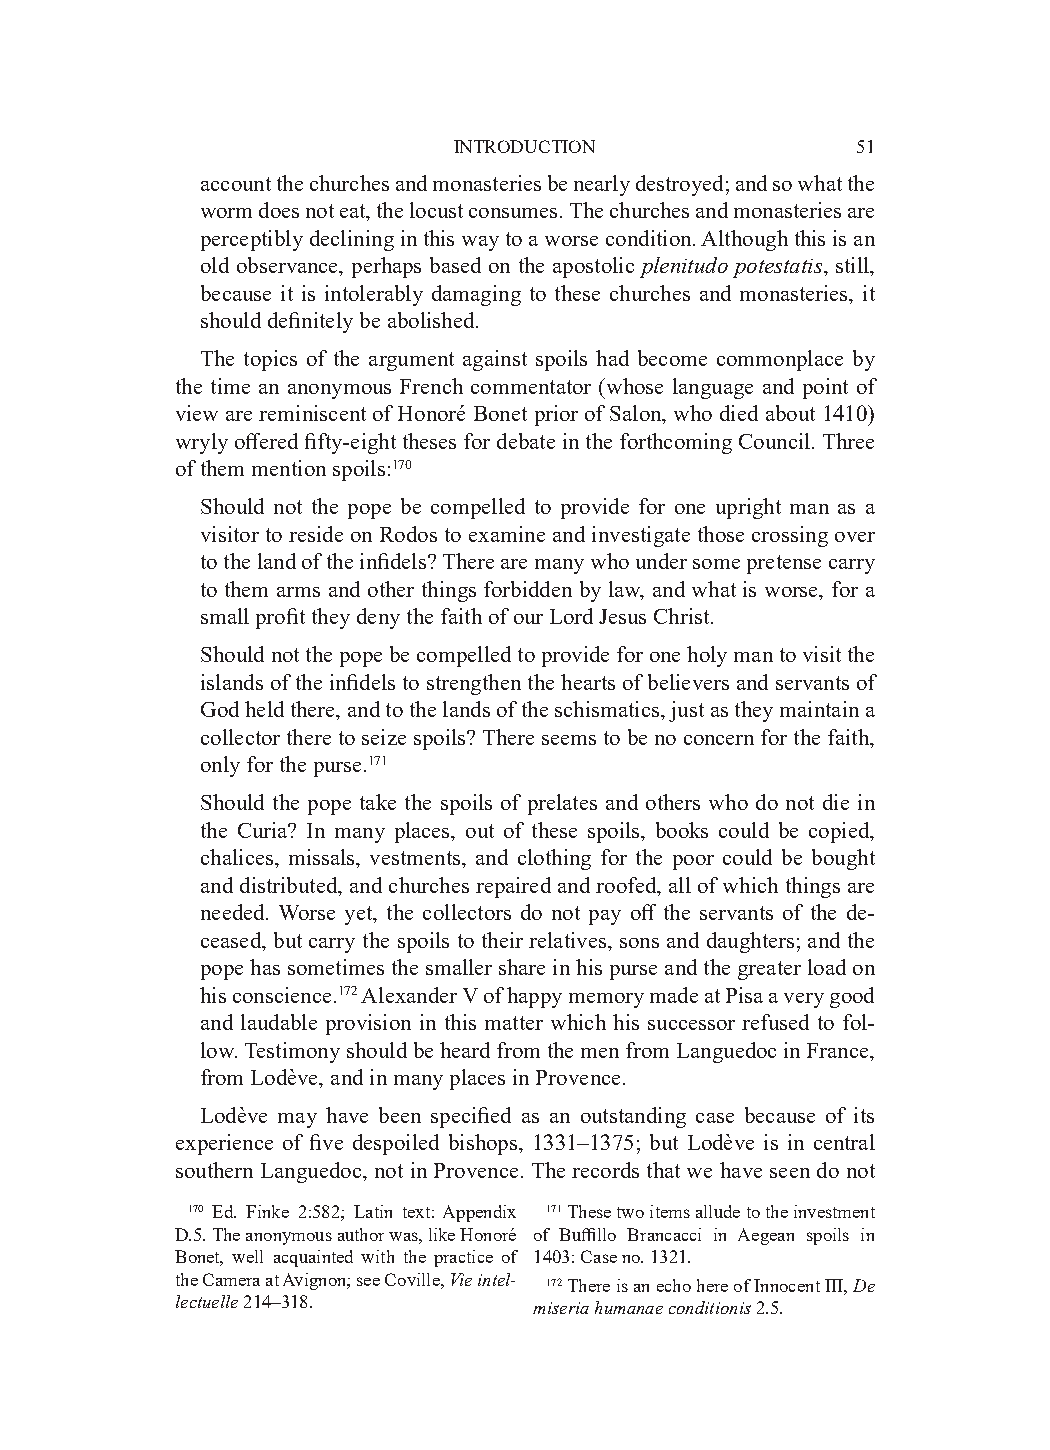
INTRODUCTION               51
 account the churches and monasteries be nearly destroyed; and so what the
 worm does not eat, the locust consumes. The churches and monasteries are
 perceptibly declining in this way to a worse condition. Although this is an
 old observance, perhaps based on the apostolic plenitudo potestatis, still,
 because it is intolerably damaging to these churches and monasteries, it
 should definitely be abolished.
 The topics of the argument against spoils had become commonplace by
 the time an anonymous French commentator (whose language and point of
 view are reminiscent of Honoré Bonet prior of Salon, who died about 1410)
 wryly offered fifty-eight theses for debate in the forthcoming Council. Three
 of them mention spoils:170
 Should not the pope be compelled to provide for one upright man as a
 visitor to reside on Rodos to examine and investigate those crossing over
 to the land of the infidels? There are many who under some pretense carry
 to them arms and other things forbidden by law, and what is worse, for a
 small profit they deny the faith of our Lord Jesus Christ.
 Should not the pope be compelled to provide for one holy man to visit the
 islands of the infidels to strengthen the hearts of believers and servants of
 God held there, and to the lands of the schismatics, just as they maintain a
 collector there to seize spoils? There seems to be no concern for the faith,
 only for the purse.171
 Should the pope take the spoils of prelates and others who do not die in
 the Curia? In many places, out of these spoils, books could be copied,
 chalices, missals, vestments, and clothing for the poor could be bought
 and distributed, and churches repaired and roofed, all of which things are
 needed. Worse yet, the collectors do not pay off the servants of the de-
 ceased, but carry the spoils to their relatives, sons and daughters; and the
 pope has sometimes the smaller share in his purse and the greater load on
 his conscience.172 Alexander V of happy memory made at Pisa a very good
 and laudable provision in this matter which his successor refused to fol-
 low. Testimony should be heard from the men from Languedoc in France,
 from Lodève, and in many places in Provence.
 Lodève may have been specified as an outstanding case because of its
 experience of five despoiled bishops, 1331–1375; but Lodève is in central
 southern Languedoc, not in Provence. The records that we have seen do not
 170 Ed. Finke 2:582; Latin text: Appendix 171 These two items allude to the investment
 D.5. The anonymous author was, like Honoré of Buffillo Brancacci in Aegean spoils in
 Bonet, well acquainted with the practice of 1403: Case no. 1321.
 the Camera at Avignon; see Coville, Vie intel­ 172 There is an echo here of Innocent III, De
 lectuelle 214–318.     miseria humanae conditionis 2.5.